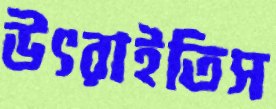
উৎরাইতিস